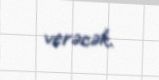
verəcək.